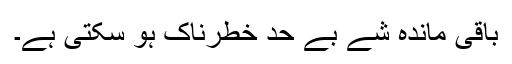
باقی ماندہ شے بے حد خطرناک ہو سکتی ہے۔